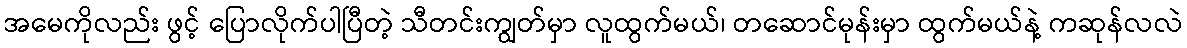
အမေကိုလည်း ဖွင့် ပြောလိုက်ပါပြီတဲ့ သီတင်းကျွတ်မှာ လူထွက်မယ်၊ တဆောင်မုန်းမှာ ထွက်မယ်နဲ့ ကဆုန်လလဲ